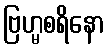
ဗြဟ္မစရိနော